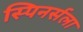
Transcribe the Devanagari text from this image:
स्पिनर्सला